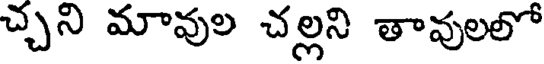
చ్చని మావుల చల్లని తావులలో